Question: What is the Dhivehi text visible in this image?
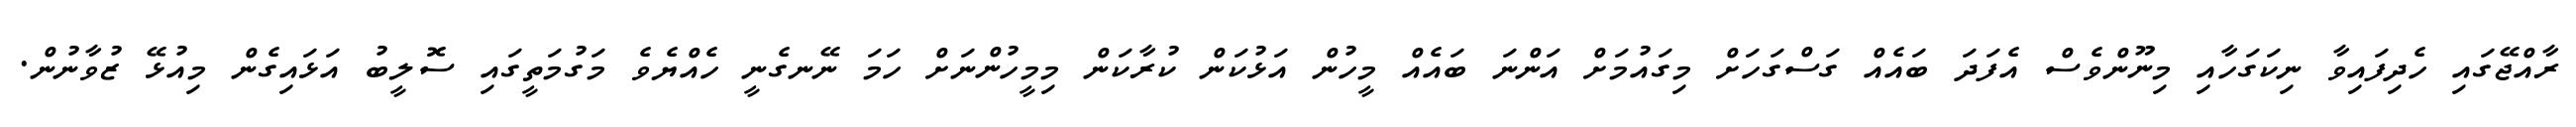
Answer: ރާއްޖޭގައި ހެދިފައިވާ ނިކަގަހާއި މިނޫންވެސް އެފަދަ ބައެއް ގަސްގަހަށް މިގައުމަށް އަންނަ ބައެއް މީހުން އަޅުކަން ކުރާކަން މިމީހުންނަށް ހަމަ ނޭނގެނީ ހެއްޔެވެ މަގުމަތީގައި ސޮލީބު އަޅައިގެން މިއުޅޭ ޒުވާނުން.